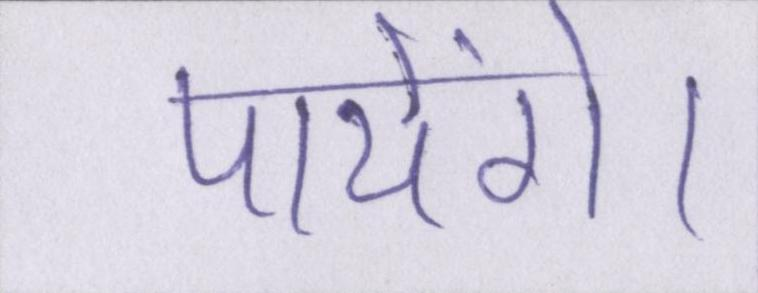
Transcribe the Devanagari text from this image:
पायेंगे।